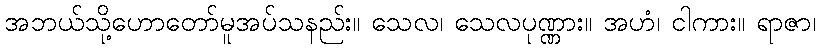
အဘယ်သို့ဟောတော်မူအပ်သနည်း။ သေလ၊ သေလပုဏ္ဏား။ အဟံ၊ ငါကား။ ရာဇာ၊